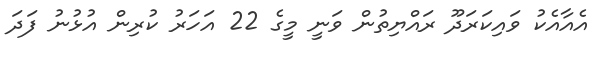
އެއާއެކު ވައިކަރަދޫ ރައްޔިތުން ވަނީ މީގެ 22 އަހަރު ކުރިން އުޅުނު ފަދަ